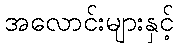
အလောင်းများနှင့်